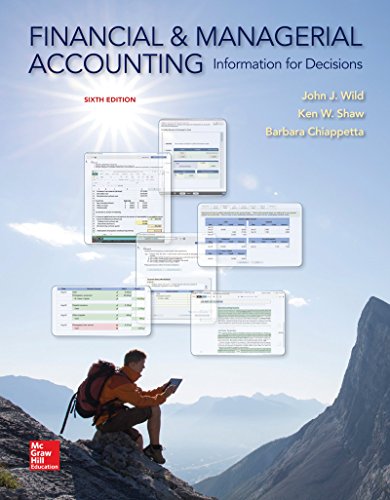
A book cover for Financial and Managerial Accounting: Information for Decisions; John Wild; Business & Money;